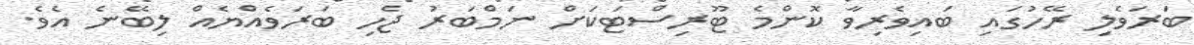
ބަރަވެލި ރޭހުގައި ބައިވެރިވާ ކޮންމެ ޓޫރިސްޓަކަށް ނަމްބަރު ޖެހި ބަރަވެއްޔެއް ލިބޭނެ އެވެ.